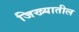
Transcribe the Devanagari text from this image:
जिख्यातील